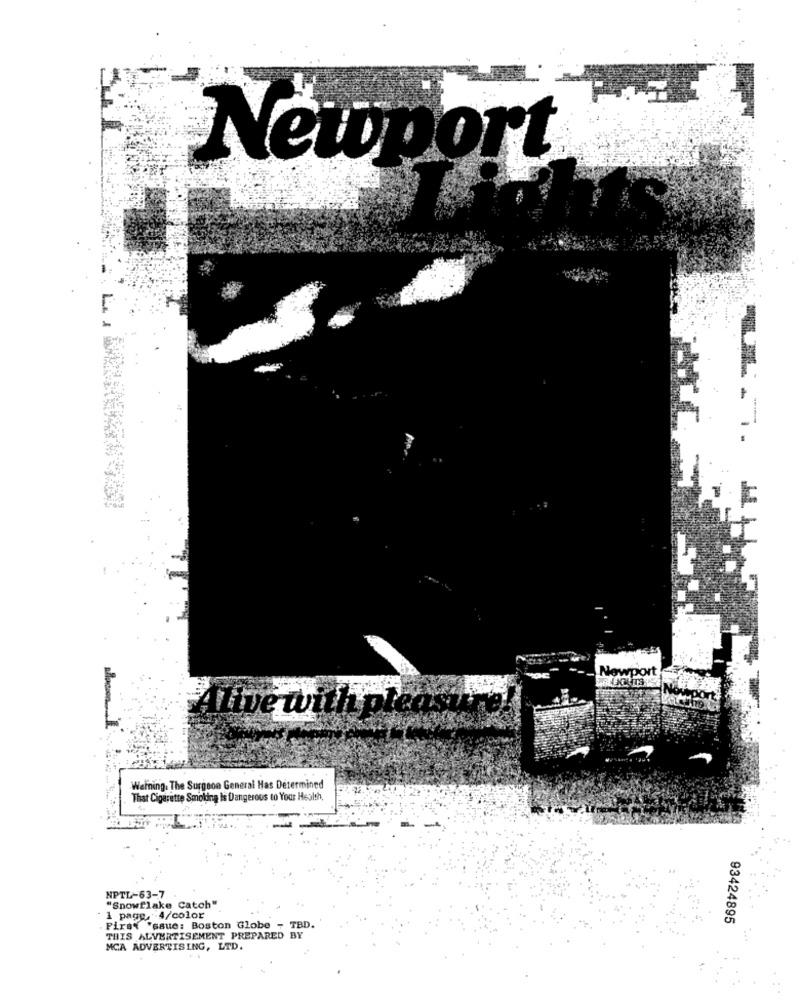
Newport
Newport
Alive wi
Warning. The Surgeon General Has Determined
That Cigarette Smoking Is Dangerous to Your Health,
NPTL-63-7
"Snowflake Catch"
1 page, 4/color
93424895
Pirat "saue: Boston Globe - TBD.
THIS ALVERTISEMENT PREPARED BY
MCA ADVERTISING, LTD.